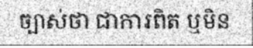
ច្បាស់ថា ជាការពិត ឬមិន